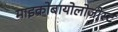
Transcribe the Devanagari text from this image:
माइक्रोबायोलोजीस्ट